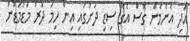
އަދި އެންމެން ގޮސް އެގޭ ސިޑި ދަށުގައި އިން ހިމަ ދޮރު މަޑުމަޑުން